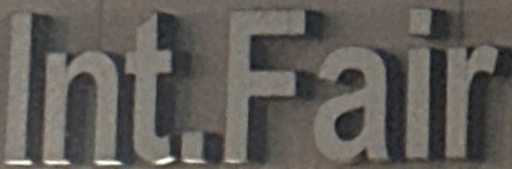
Int.Fair